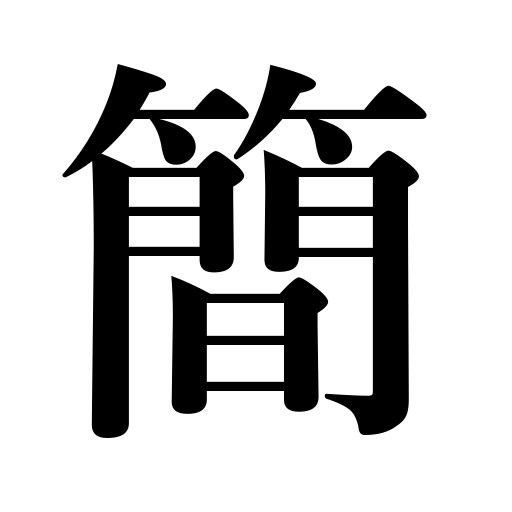
Meanings: brevity,simplicity